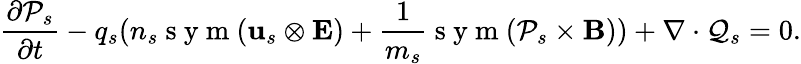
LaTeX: \frac{\partial\mathcal{P}_{s}}{\partial t}-q_{s}(n_{s}\mathrm{~s~y~m~}(\mathbf{u}_{s}\otimes\mathbf{E})+\frac{1}{m_{s}}\mathrm{~s~y~m~}(\mathcal{P}_{s}\times\mathbf{B}))+\nabla\cdot\mathcal{Q}_{s}=0.